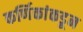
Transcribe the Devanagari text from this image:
कर्णिकांकडून